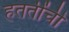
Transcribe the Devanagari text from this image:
हततींची